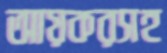
আয়করসহ